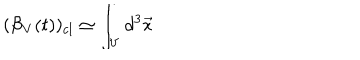
( { \cal B } _ { V } ( t ) ) _ { c l } \simeq \int _ { V } d ^ { 3 } { \vec { x } } \hspace { 0 . 1 i n }